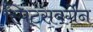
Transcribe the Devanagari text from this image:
स्पिट्सबर्गेन